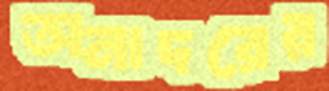
অনাদরের